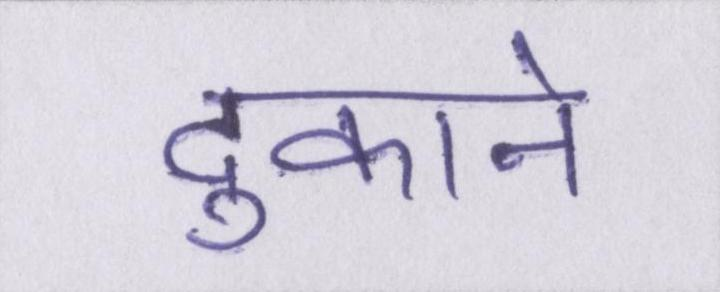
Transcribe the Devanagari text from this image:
दुकाने